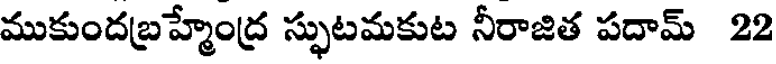
ముకుందబ్రహ్మేంద్ర స్ఫుటమకుట నీరాజిత పదామ్ 22